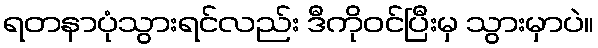
ရတနာပုံသွားရင်လည်း ဒီကိုဝင်ပြီးမှ သွားမှာပဲ။